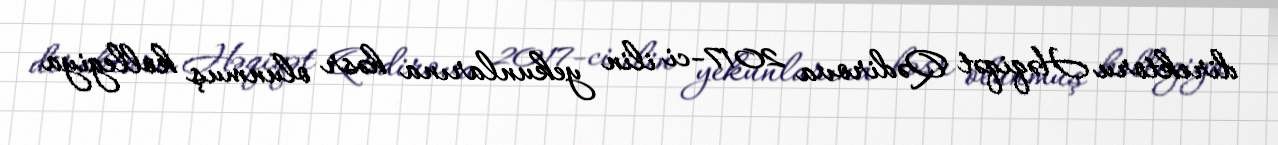
direktoru Həqiqət Qədirova 2017-ci ilin yekunlarına həsr olunmuş kollegiya